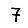
Digit: 7